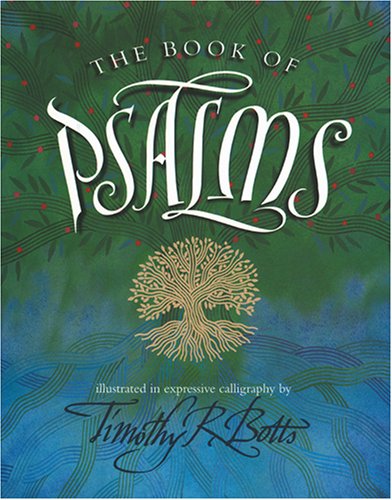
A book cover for The Book of Psalms; Timothy R. Botts; Arts & Photography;